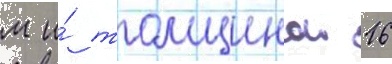
м и́ толщинои 16